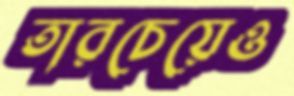
তারচেয়েও